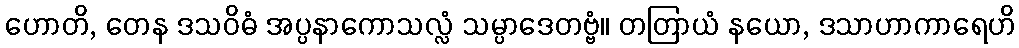
ဟောတိ, တေန ဒသဝိဓံ အပ္ပနာကောသလ္လံ သမ္ပာဒေတဗ္ဗံ။ တတြာယံ နယော, ဒသာဟာကာရေဟိ